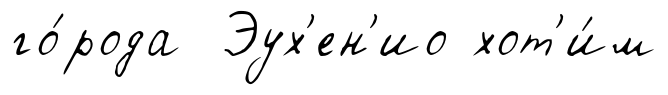
го́рода Эух'ен'ио хот'и́м